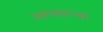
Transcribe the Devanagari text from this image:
जाणारऱ्या